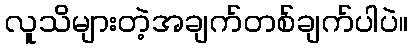
လူသိများတဲ့အချက်တစ်ချက်ပါပဲ။